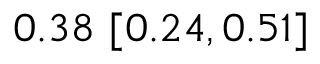
0 . 3 8 \ [ 0 . 2 4 , 0 . 5 1 ]